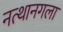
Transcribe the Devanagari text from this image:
नत्थानगला